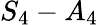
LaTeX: S_{4}-A_{4}